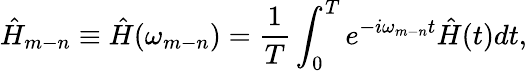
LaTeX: \hat{H}_{m-n}\equiv\hat{H}(\omega_{m-n})=\frac{1}{T}\int_{0}^{T}e^{-i\omega_{m-n}t}\hat{H}(t)dt,